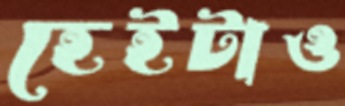
হেইটাও